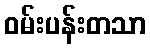
ဝမ်းပန်းတသာ